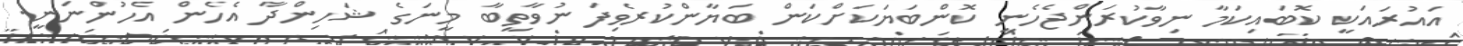
އައުރައަކީ ކޮބައިކަމާ ނިވާކުރަންޖެހެނީ ކޮންބަޔަކަށްކަން ބަޔާންކުރެވިފަ ނުވާތީބާ މީނަގެ ޝަހިންދާ އެހެން އެހުންނަނީ.